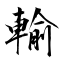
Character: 輸